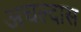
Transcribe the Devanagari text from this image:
अचल्दास